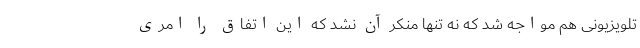
تلویزیونی هم مواجه شد که نه تنها منکر آن نشد که این اتفاق را امری